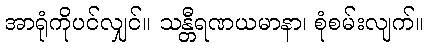
အာရုံကိုပင်လျှင်။ သန္တီရဏယမာနာ၊ စုံစမ်းလျက်။